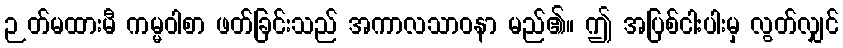
ဉတ်မထားမီ ကမ္မဝါစာ ဖတ်ခြင်းသည် အကာလသာဝနာ မည်၏။ ဤ အပြစ်ငါးပါးမှ လွတ်လျှင်